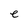
Character: e